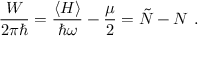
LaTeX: { \frac { W } { 2 \pi \hbar } } = { \frac { \langle H \rangle } { \hbar \omega } } - { \frac { \mu } { 2 } } = \tilde { N } - N \ .